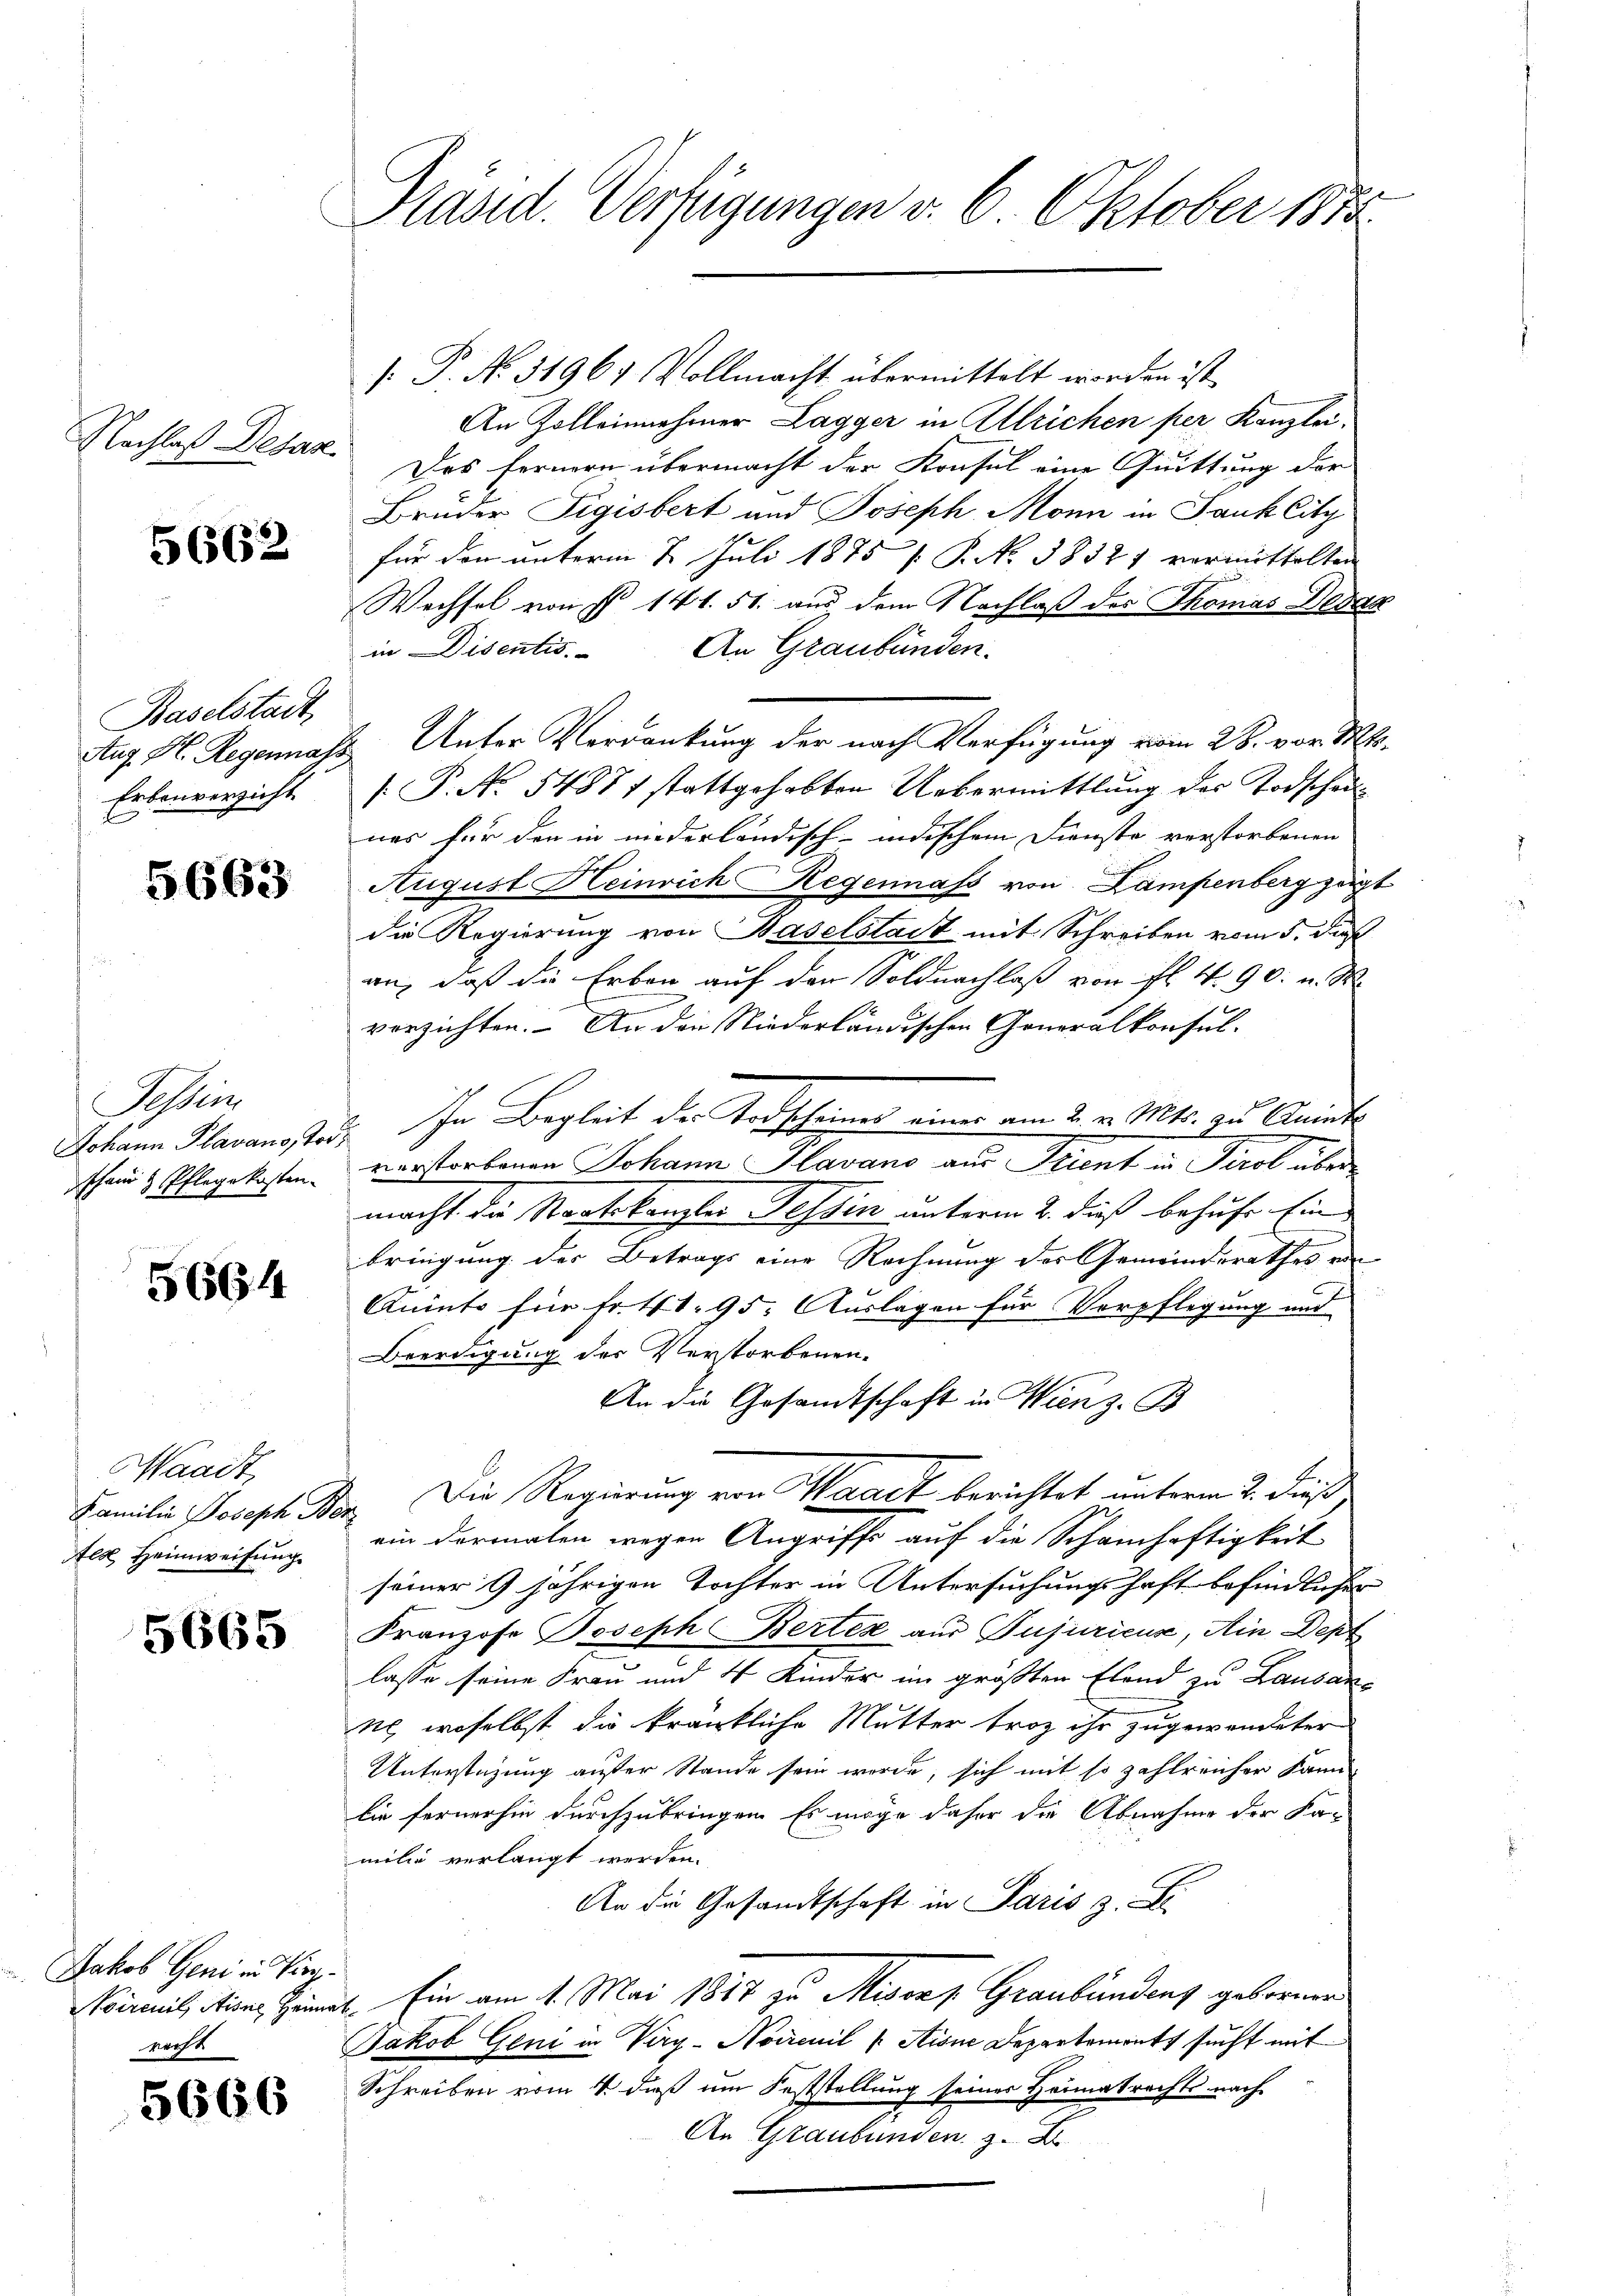
Nachlaß Desaz

5662

Baselstadt
Aug. H. Regenmass
Erbenverzicht

5663

Tessin
Johann Plavans, Toc
shand & Pflegekosten.

5664

Waadt,
Familie Joseph Ber
Alt Heimweisung.

5665

Jakob Geni in Piogoirenil Aisne Heim
recht

5666

Präsid. Verfügungen v. 6. Oktober 1810

[ P. No. 31961 Vollmacht übermittelt worden ist.
An Zolleinnehmer Lagger in Allrichen per Kanzlei¬
Des fernern übermacht der Konsul eine Quittung der
Brüder Sigisbert und Joseph Monn in Jauk Citz
für den unterm 2. Juli 1875 f. P. No 38321 vermittelten
Wechsel von § 141. 51. aus dem Nachlaß des Thomas Dekan
in Disentis. An Graubünden.
2. Unter Verdankung der nach Verfügung vom 28. vor. Mts.
[.P. No. 54877 stattgehabten Uebermittlung der Todschaunas für den in niederländisch-indischem Dienste verstorbenen
August Heinrich Regennass von Lampenberg zeigt
die Regierung von Baselstadt mit Schreiben vom 5. dieß
an, daß die Erben auf den Soldnachlaß von fl. 4. 90 u. W.
e
verzichten. An den Niederländischen Generalkonsul-
C
 In Begleit der Todscheiner einer am 2. v. Mts. zu Aninte
verstorbenen Johann Plavano aus Trient in Tirol über
macht die Staatskanzlei Tessin unterm 2. dieß behufe Ein
bringung der Betrags eine Rechnung des Gemeinderathes von
Kunto für Fr. 41. 95. Auslagen für Verpflegung und
Beerdigung des Verstorbenen.
An die Gesandtschaft in Wien z. B.
Die Regierung von Waadt berichtet unterm 2. die
.
ein dermalen wegen Angriffe auf die Schamhaftigkeit
seiner 9 jährigen Tochter in Untersuchungshaft befindlicher
Franzose Joseph Berter aus Pujuriens, Ain Dept
lasse seine Frau und 4 Kinder im größten Elend zu Lausan¬
 woselbst die kränkliche Mutter troz ihr zugewendeter
Unterstützung außer Stande sein werde, sich mit so zahlreicher kann-
bie fernerhin durchzubringen. Es möge daher die Abnahme der Ka-
milie verlangt werden.
An die Gesandtschaft in Paris z. L
Ein am 1. Mai 1887 zu Misors Graubündenz geformen
E
Jakob Geni in Verg-Noirenil ( Aisne Departemonts sucht mit
Schreiben vom 4. dieß um Feststellung seiner Heimatrechts nach
An Graubünden z. B.